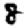
Digit: 8